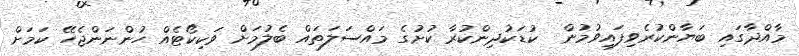
މާއްދާގައި ބަޔާންކުރެވިފައިވުމުން  ކުޑަކުދިންކުރާ ކުށުގެ މައްސަލަތައް ބެލުމަށް ވަކިކޯޓެއް ހުންނަންޖެހޭ ކަމަށް